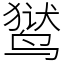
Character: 𬸚